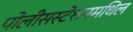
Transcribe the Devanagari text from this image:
पोलीसस्टेशनमधिल